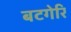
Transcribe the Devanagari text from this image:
बटगेरि